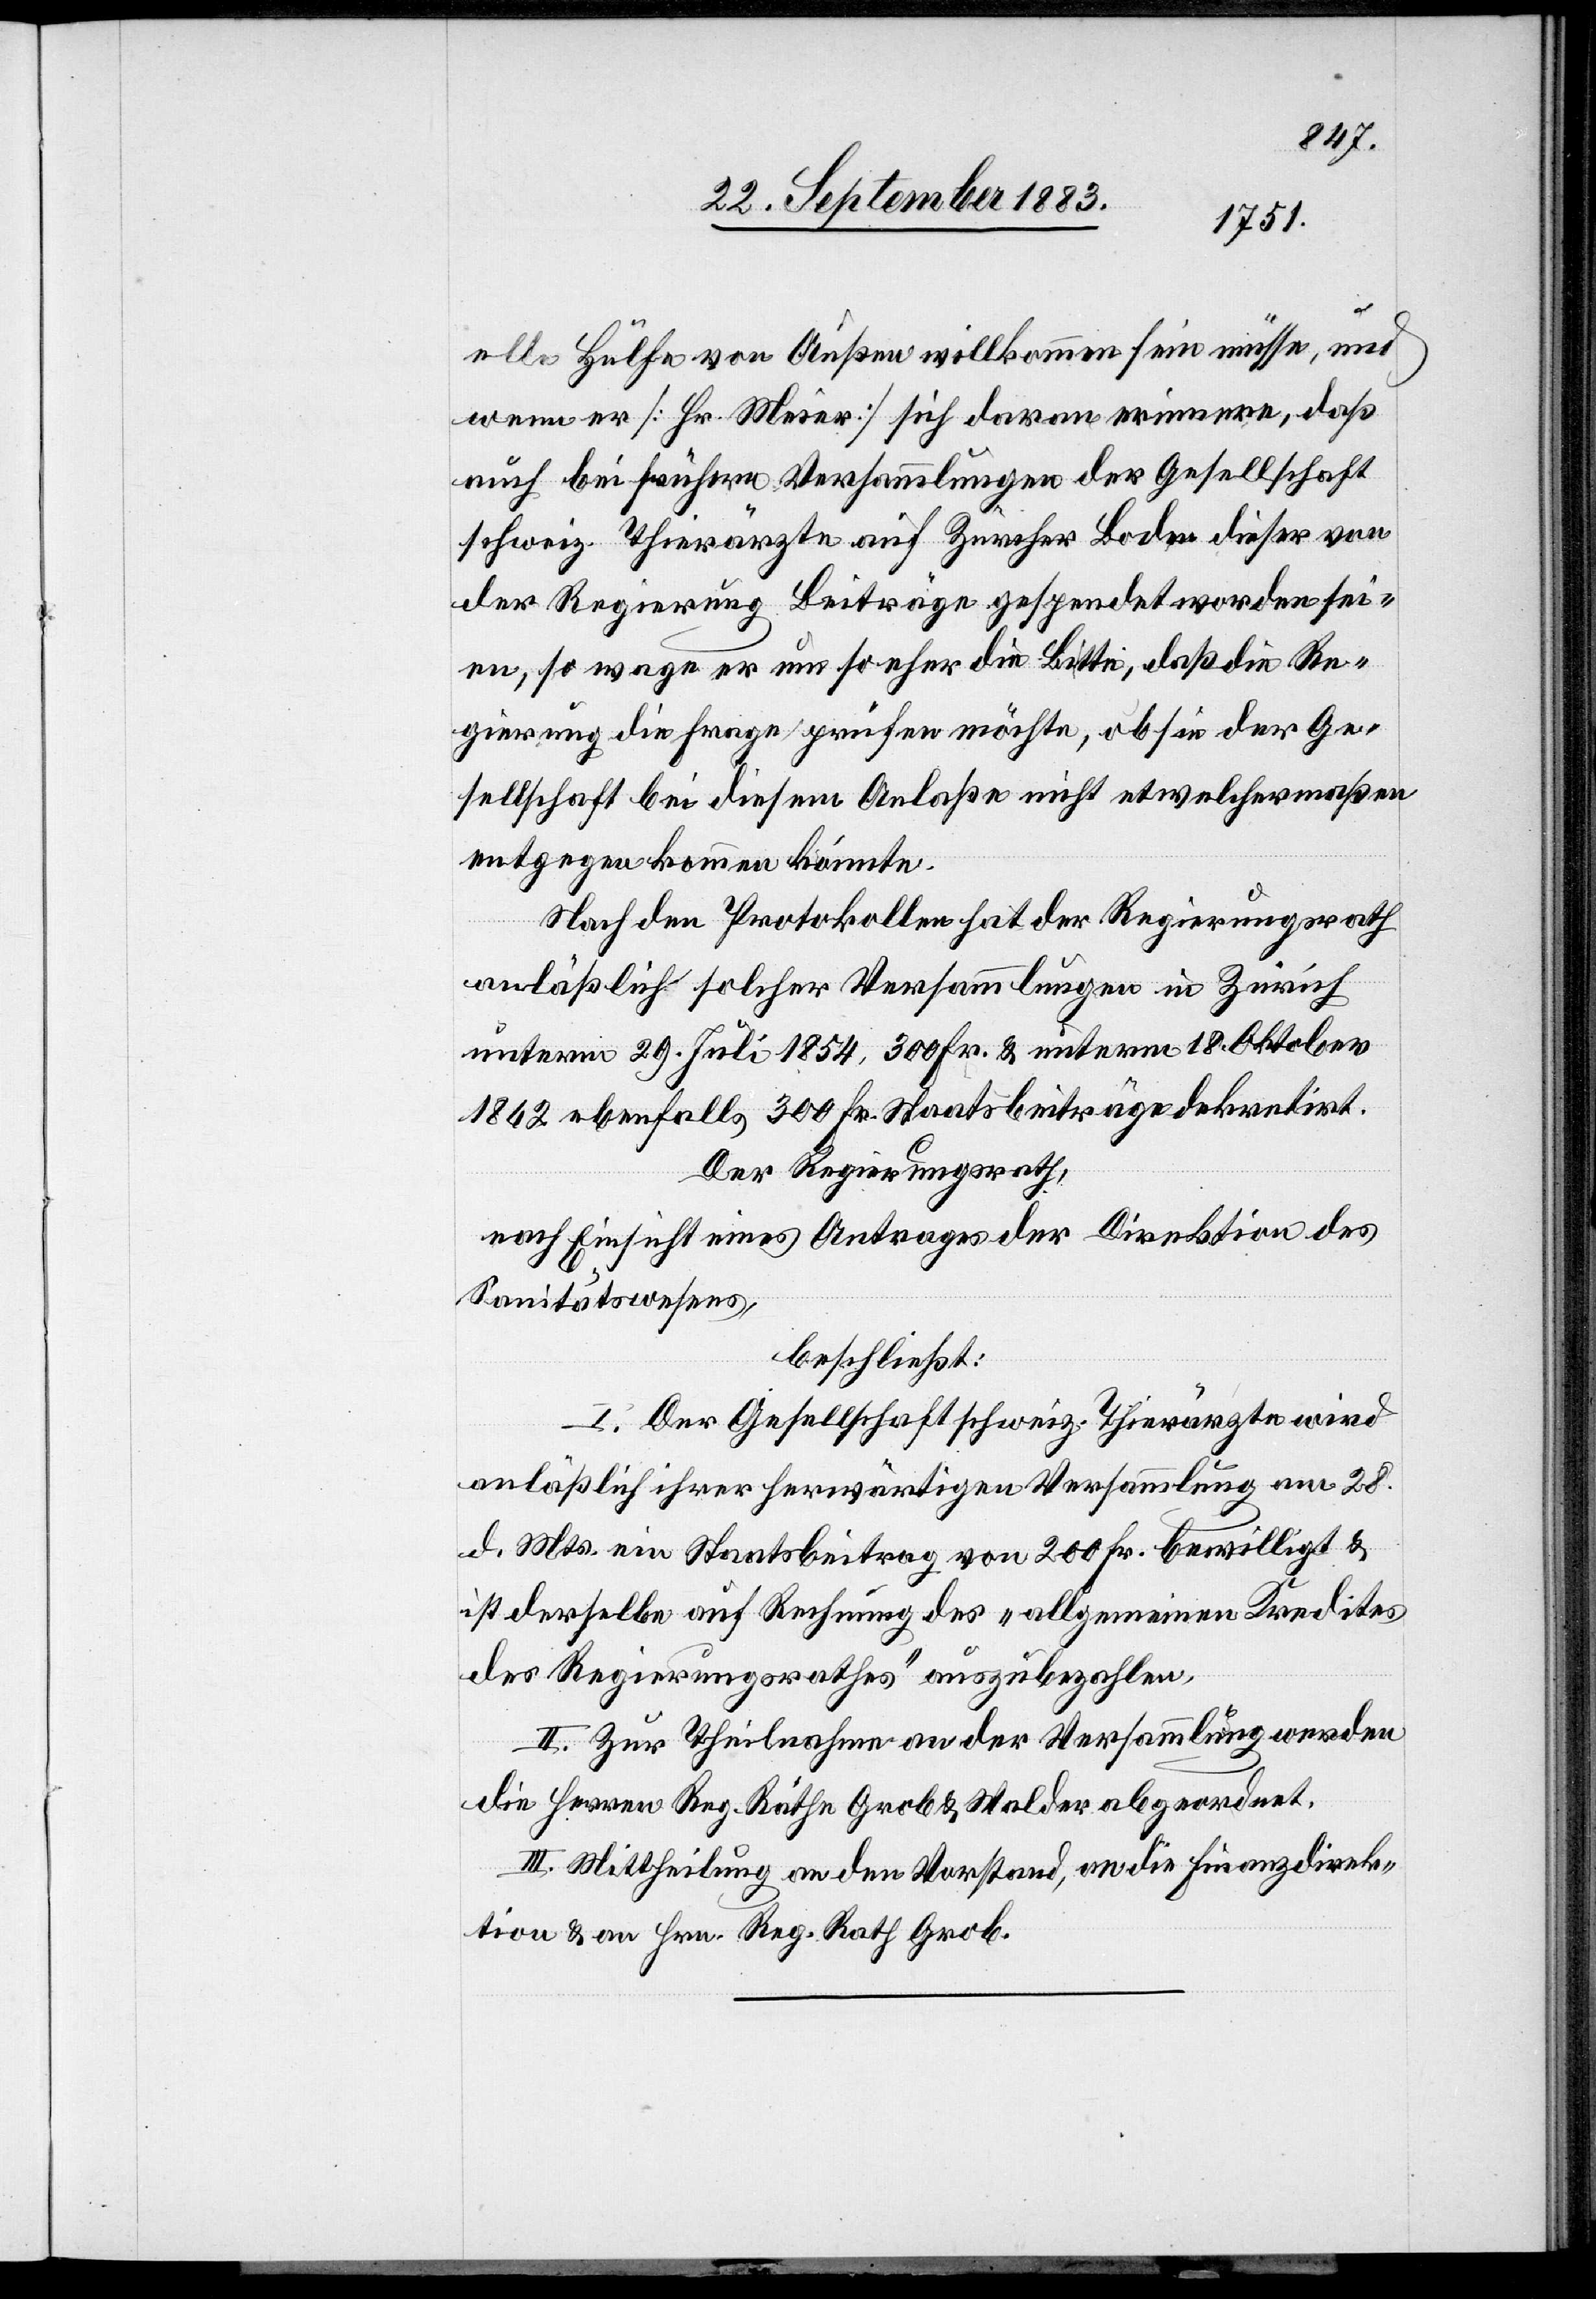
elle Hülfe von Außen willkommen sein müsse und
wenn er [Hr. Meier] sich daran erinnere, daß
auch bei frühern Versammlungen der Gesellschaft
schweiz. Thierärzte auf Zürcher Boden dieser von
der Regierung Beiträge gespendet worden sei¬
en, so wage er um so eher die Bitte, daß die Re¬
gierung die Frage prüfen möchte, ob sie der Ge¬
sellschaft bei diesem Anlaße nicht etwelchermaßen
entgegen kommen könnte.
Nach den Protokollen hat der Regierungsrath
anläßlich solcher Versammlungen in Zürich
unterm 29. Juli 1854, 300 Fr. & unterm 18. Oktober
1862 ebenfalls 300 Fr. Staatsbeiträge dekretirt.
Der Regierungsrath,
nach Einsicht eines Antrages der Direktion des
Sanitätswesens,
beschließt:
I. Der Gesellschaft schweiz. Thierärzte wird
anläßlich ihrer herwärtigen Versammlung am 28.
d. Mts. ein Staatsbeitrag von 200 Fr. bewilligt &
ist derselbe auf Rechnung des „allgemeinen Kredites
des Regierungsrathes“ auszubezahlen.
II. Zur Theilnahme an der Versammlung werden
die Herren Reg. Räthe Grob & Walder abgeordnet.
III. Mittheilung an den Vorstand, an die Finanzdirek¬
tion & an Hrn. Reg. Rath Grob.